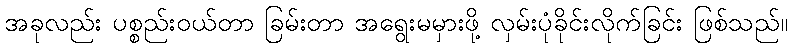
အခုလည်း ပစ္စည်းဝယ်တာ ခြမ်းတာ အရွေးမမှားဖို့ လှမ်းပုံခိုင်းလိုက်ခြင်း ဖြစ်သည်။